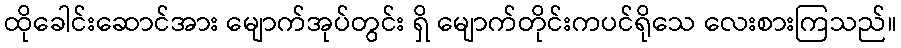
ထိုခေါင်းဆောင်အား မျောက်အုပ်တွင်း ရှိ မျောက်တိုင်းကပင်ရိုသေ လေးစားကြသည်။